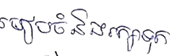
រៀបចំនិងរក្សាទុក